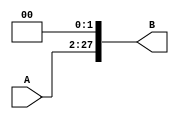
`timescale 1ns/1ns

module shift_2(
	input [25:0]A,
	output reg [27:0]B
);

always @*
begin
	B = A << 2;
end

endmodule